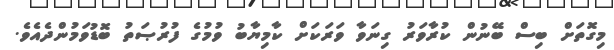
މިގޮތަށް ބިސް ބޭނުން ކުރާވަރު ގިނަވާ ވަރަކަށް ކާމިޔާބު ވުމުގެ ފުރުޞަތު ބޮޑުވަމުންދެއެވެ.